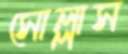
সোল্লাস